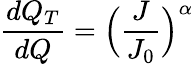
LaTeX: \frac{dQ_{T}}{dQ}=\Big(\frac{J}{J_{0}}\Big)^{\alpha}